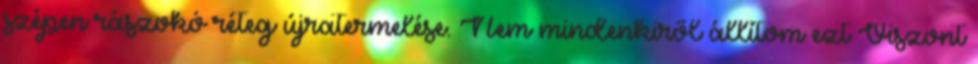
szépen rászokó réteg újratermelése. Nem mindenkiről állítom ezt Viszont